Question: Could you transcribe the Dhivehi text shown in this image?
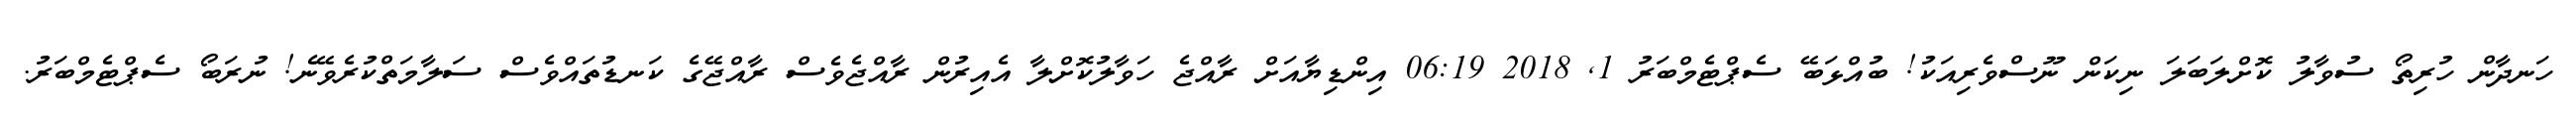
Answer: ހަނދާން ހުރިތޯ ސުވާލު ކޮށްލަބަލަ ނިކަން ނޫސްވެރިއަކު! ބުއްޅަބޭ ސެޕްޓެމްބަރު 1, 2018 06:19 އިންޑިޔާއަށް ރާއްޖެ ހަވާލުކޮށްލާ އެއިރުން ރާއްޖެވެސް ރާއްޖޭގެ ކަނޑުތައްވެސް ސަލާމަތްކުރެވޭނެ! ނުރަބޯ ސެޕްޓެމްބަރު.